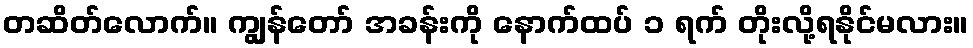
တဆိတ်လောက်။ ကျွန်တော် အခန်းကို နောက်ထပ် ၁ ရက် တိုးလို့ရနိုင်မလား။